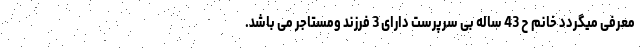
معرفی میگردد خانم ح 43 ساله بی سرپرست دارای 3 فرزند ومستاجر می باشد.